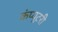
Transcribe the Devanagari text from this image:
कंप्यूटरी